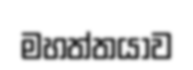
මහත්තයාව